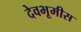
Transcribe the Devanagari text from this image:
देवभूमीस